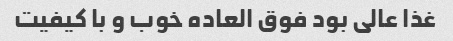
غذا عالی بود فوق العاده خوب و با کیفیت